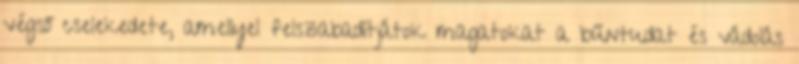
végső cselekedete, amellyel felszabadítjátok magatokat a bűntudat és vádolás